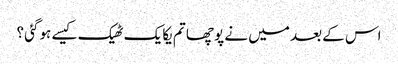
اس کے بعد میں نے پوچھا تم یکایک ٹھیک کیسے ہوگئی ؟